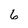
Character: G